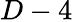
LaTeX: D-4